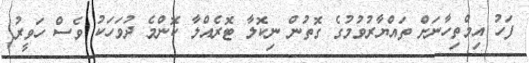
ފަހު އިމްތިހާނަށް ތައްޔާރުވުމުގެ ގޮތުން ނިކޮލާ ޓޮރެއްލާ ކޮންމެ ދުވަަހަކު ވެސް ހަވީރު